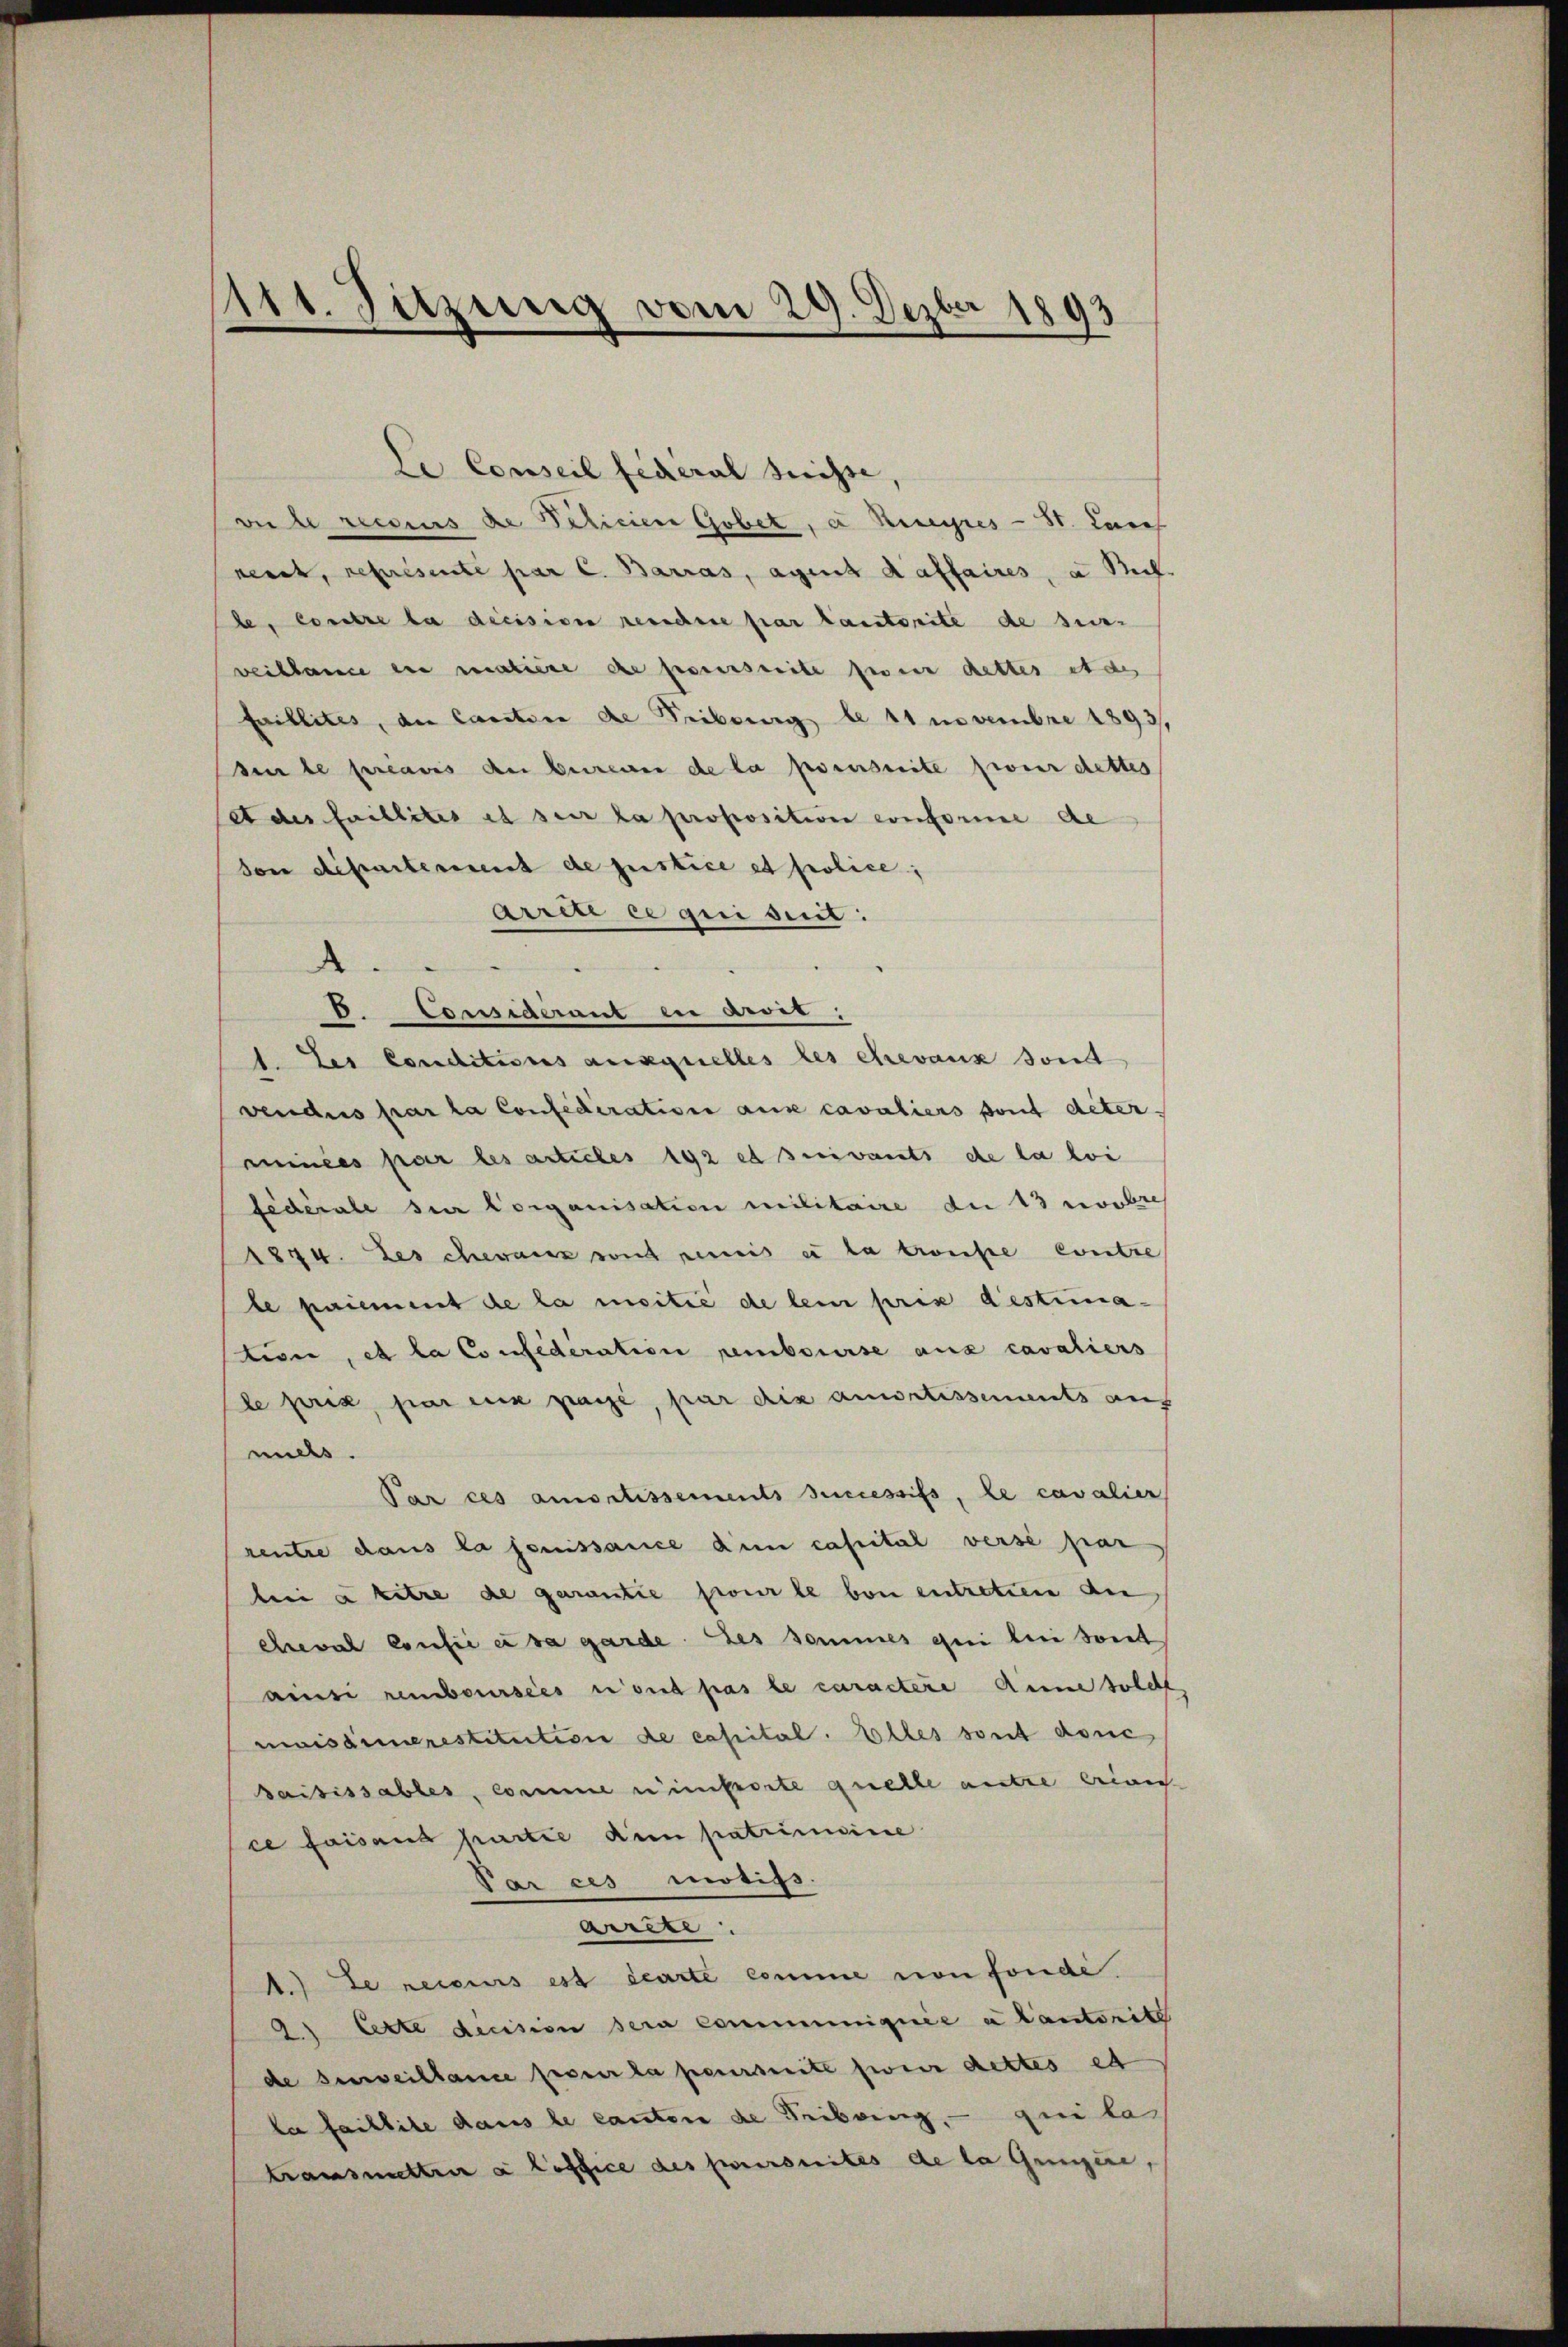
111. Sitzung vom 29. Dezbr 1893

Le Conseil federal Suisse |
vu le recsens de Delicien Gobet, a Keyres - St. Lauf
nerat, représente par C. Barras, agent daffaires, à Mich.
le, costre la decisiven reschire par lautorite de sur-
weiblance ein matiere de prescrite ferner dettes it des
faillites, der Caration de Tribung be 11 novembre 1893,
sente préavis an bereuer de la pensuite pour dettes
ades faillites es sur la proposition conforme de
don departement de justice et police;
Arren ce qui sent.
d
V. Considerant die Rever:
1. Les Conditions auxquelles les chevaux sond
vendus par la Confederation aux cavaliers sont deter
minées par les articles 192 et suivants de la loi
fédérale sur Corganisation militaire du 13 vorlich
1874. Les chevanz sont renis et la transte Contre
le paiement de la moitié de lein prix destimative, et la Confederation rembourse aux cavaliers
le puis par ein passe, par die amortissements aus
mels.
Par ces amortissements successifs, le cavalier
rentre dans la jouissance dem capital verse par
beei à titre de garantie pour le von entretien an
cheval Consie er sa garde des Sommes qui bei sont
ainsi remboursées nit pas le caractere Anne solch
missimerestitution de capital. Elles sont douc
saisissables, comme einstorte quelle autre erweich
ce faisans partie de patrimine
Par ces motifs.
Arrite.
.) Le reisis est écarte comme von fonde.
2) Cette decision sera communiquée a Cantorite
de surveillance preser la peursuite zweir dettes et
la faillite dans le canten de Tribung, — qui la
transmettre a loffice des poursuites de la Gunzire,